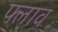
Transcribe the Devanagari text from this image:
फ्लाव